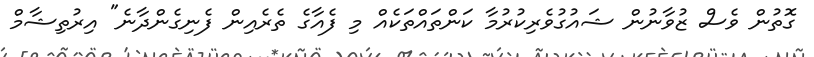
ގޮތުން ވެސް ޒުވާނުން ޝައުގުވެރިކުރުމާ ކަންތައްތަކެއް މި ފެއާގެ ތެރެއިން ފެނިގެންދާނެ" އިރުތިޝާމް